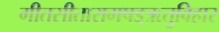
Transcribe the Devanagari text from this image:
गीतसीतारामषड्ऋतुविहार